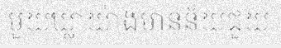
មួយឃ្លាយ៉ាងមានន័យជួយ